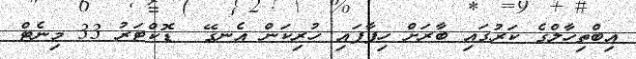
އިބްތިހާލްގެ ކަރުގައި ބާރަށް ހިފާފައި ހުރިކަން އެނގޭ  ޑޮކްޓަރު 33 މިނެޓް